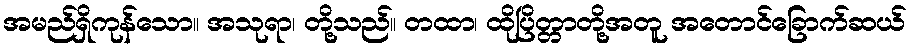
အမည်ရှိကုန်သော။ အသုရာ၊ တို့သည်။ တထာ၊ ထိုပြိတ္တာတို့အတူ အတောင်ခြောက်ဆယ်